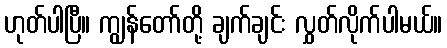
ဟုတ်ပါပြီ။ ကျွန်တော်တို့ ချက်ချင်း လွှတ်လိုက်ပါမယ်။